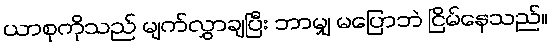
ယာစုကိုသည် မျက်လွှာချပြီး ဘာမျှ မပြောဘဲ ငြိမ်နေသည်။